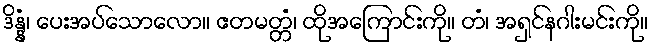
ဒိန္နံ၊ ပေးအပ်သောလော။ ဧတမတ္တံ၊ ထိုအကြောင်းကို။ တံ၊ အရှင်နဂါးမင်းကို။